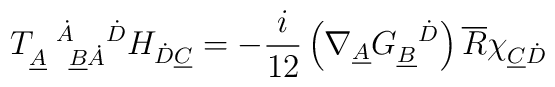
T_{\underline{A}\ \ \underline{B}\dot A}^{\ \ \dot A\ \ \ \dot D} H_{\dot D\underline{C}}=-\frac{i}{12} \left( \nabla_{\underline{A}} G_{\underline{B}}^{\ \ \dot D}\right) \overline{R}\chi_{\underline{C}\dot D}